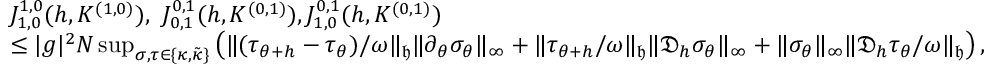
\begin{array} { r l } & { J _ { 1 , 0 } ^ { 1 , 0 } ( h , K ^ { ( 1 , 0 ) } ) , \ J _ { 0 , 1 } ^ { 0 , 1 } ( h , K ^ { ( 0 , 1 ) } ) , J _ { 1 , 0 } ^ { 0 , 1 } ( h , K ^ { ( 0 , 1 ) } ) } \\ & { \leq | g | ^ { 2 } N \operatorname* { s u p } _ { \sigma , \tau \in \{ \kappa , \tilde { \kappa } \} } \left( \| ( \tau _ { \theta + h } - \tau _ { \theta } ) / \omega \| _ { \mathfrak { h } } \| \partial _ { \theta } \sigma _ { \theta } \| _ { \infty } + \| \tau _ { \theta + h } / \omega \| _ { \mathfrak { h } } \| \mathfrak { D } _ { h } \sigma _ { \theta } \| _ { \infty } + \| \sigma _ { \theta } \| _ { \infty } \| \mathfrak { D } _ { h } \tau _ { \theta } / \omega \| _ { \mathfrak { h } } \right) , } \end{array}